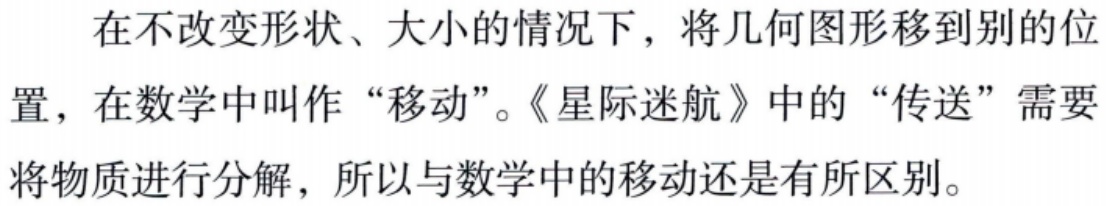
在不改变形状、大小的情况下，将几何图形移到别的位置，在数学中叫作“移动”。《星际迷航》中的“传送”需要将物质进行分解，所以与数学中的移动还是有所区别。